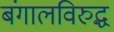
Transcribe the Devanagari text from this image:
बंगालविरुद्ध